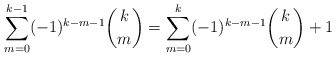
\begin{align*}\displaystyle \sum_{m=0}^{k-1} (-1)^{k-m-1} \binom{k}{m}&=\displaystyle \sum_{m=0}^{k} (-1)^{k-m-1} \binom{k}{m}+1\\\end{align*}